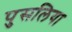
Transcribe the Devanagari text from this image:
पुसलिया